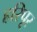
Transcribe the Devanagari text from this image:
हरिपूर